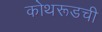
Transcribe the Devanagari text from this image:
कोथरूडची